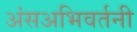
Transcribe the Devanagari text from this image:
अंसअभिवर्तनी